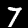
Digit: 7